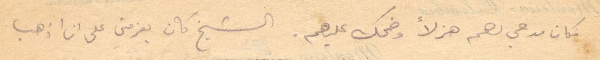
فكان مدحي لهم هزلًا وضحك عليهم. الشيخ كان يعزمني على ان اذهب